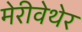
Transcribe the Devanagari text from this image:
मेरीवेथेर